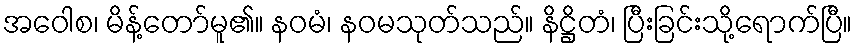
အဝေါစ၊ မိန့်တော်မူ၏။ နဝမံ၊ နဝမသုတ်သည်။ နိဋ္ဌိတံ၊ ပြီးခြင်းသို့ရောက်ပြီ။